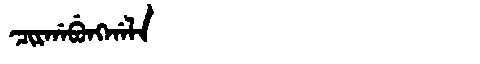
Manchu: ᠴᡳᡵᡤᠠᠪᡠᠩᡤᠠᠯᠠ
Romanization: CIRGABUNGGALA